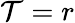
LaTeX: \mathcal{T}=r